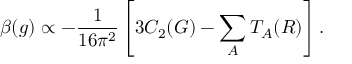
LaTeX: \beta ( g ) \propto - { \frac { 1 } { 1 6 \pi ^ { 2 } } } \left[ 3 C _ { 2 } ( G ) - \sum _ { A } T _ { A } ( R ) \right] .